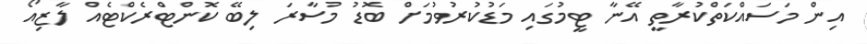
އިން މަސައްކަތްކުރާތީ އޭނާ ޓީމުގައި މަޑުކުރުވުމަށް ބޮޑު މުސާރަ ލިބޭ ކޮންޓްރެކްޓެއް ލާޒިއޯ